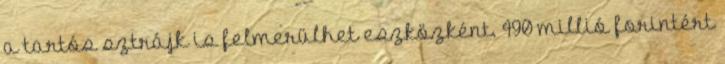
a tartós sztrájk is felmerülhet eszközként. 490 millió forintért